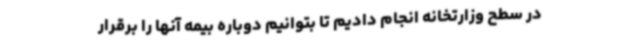
در سطح وزارتخانه انجام دادیم تا بتوانیم دوباره بیمه آنها را برقرار